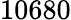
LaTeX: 10680